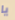
يا